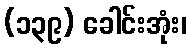
(၁၃၉) ခေါင်းအုံး၊